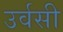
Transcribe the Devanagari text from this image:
उर्वसी